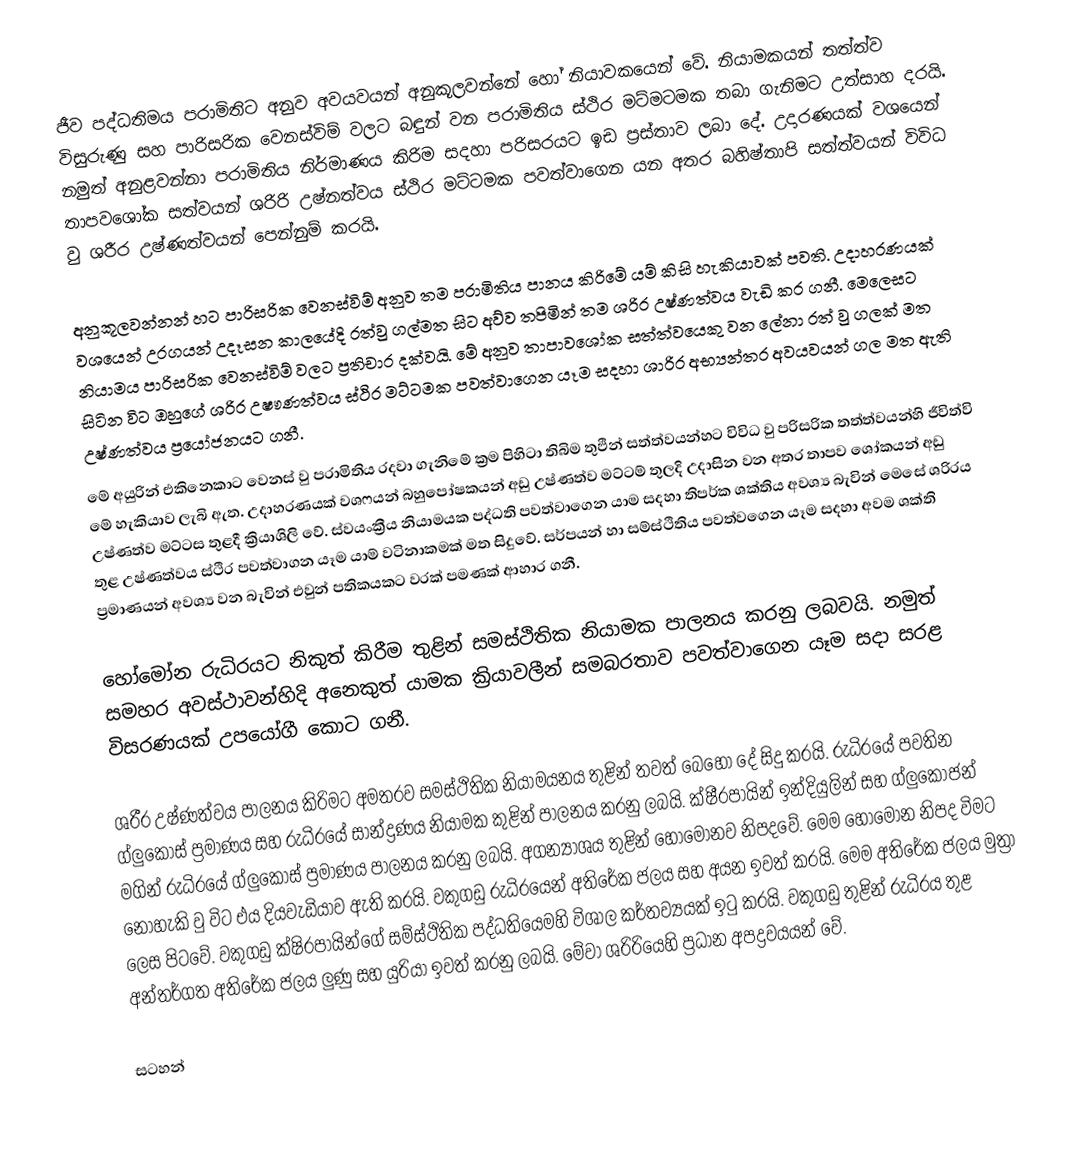
ජීව පද්ධතිමය පරාමිතිට අනුව අවයවයන් අනුකූලවන්නේ හෝ නියාවකයෙන් වේ. නියාමකයන් තත්ත්ව විසුරුණු සහ පාරිසරික වෙනස්විම් වලට බඳුන් වන පරාමිතිය ස්ථිර මට්මටමක තබා ගැනිමට උත්සාහ දරයි. නමුත් අනුළවන්නා පරාමිතිය නිර්මාණය කිරිම සදහා පරිසරයට ඉඩ ප්‍රස්තාව ලබා දේ. උදාරණයක් වශයෙන් තාපවශෝක සත්වයන් ශරිරි උෂ්නත්වය ස්ථිර මට්ටමක පවත්වාගෙන යන අතර බහිෂ්තාපි සත්ත්වයන් විවිධ වු ශරීර උෂ්ණත්වයන් පෙන්නුම් කරයි.

අනුකූලවන්නන් හට පාරිසරික වෙනස්විම් අනුව තම පරාමිතිය පානය කිරිමේ යම් කිසි හැකියාවක් පවති. උදාහරණයක් වශයෙන් උරගයන් උදෑසන කාලයේදි රත්වු ගල්මත සිට අව්ව තපිමින් තම ශරිර උෂ්ණත්වය වැඩි කර ගනී. මෙලෙසට නියාමය පාරිසරික වෙනස්විම් වලට ප්‍රතිචාර දක්වයි. මේ අනුව තාපාවශෝක සත්ත්වයෙකු වන ලේනා රත් වු ගලක් මත සිටින විට ඔහුගේ ශරිර උෂෟණත්වය ස්ථිර මට්ටමක පවත්වාගෙන යෑම සදහා ශාරිර අභ්‍යන්තර අවයවයන් ගල මත ඇති උෂ්ණත්වය ප්‍රයෝජනයට ගනී.
මේ අයුරින් එකිනෙකාට වෙනස් වු පරාමිතිය රදවා ගැනිමේ ක්‍රම පිහිටා තිබිම තුඵින් සත්ත්වයන්හට විවිධ වු පරිසරික තත්ත්වයන්හි ජීවිත්වි මේ හැකියාව ලැබි ඇත. උදාහරණයක් වශෆයන් බහුපෝෂකයන් අඩු උෂ්ණත්ව මට්ටම් තුලදි උදාසින වන අතර තාපව ශෝකයන් අඩු උෂ්ණත්ව මට්ටස තුළදී ක්‍රියාශිලි වේ. ස්වයංක්‍රීය නියාමයක පද්ධති පවත්වාගෙන යාම සදහා තිපර්ක ශක්තිය අවශ්‍ය බැවින් මෙසේ ශරිරය තුළ උෂ්ණත්වය ස්ථිර පවත්වාගන යෑම යාම් වටිනාකමක් මත සිදුවේ. සර්පයන් හා සම්ස්ථිතිය පවත්වගෙන යෑම සදහා අවම ශක්ති ප්‍රමාණයන් අවශ්‍ය වන බැවින් එවුන් පතිකයකට වරක් පමණක් ආහාර ගනී.

හෝමෝන රුධිරයට නිකුත් කිරීම තුළින් සමස්ථිතික නියාමක පාලනය කරනු ලබවයි. නමුත් සමහර අවස්ථාවන්හිදි අනෙකුත් යාමක ක්‍රියාවලීන් සමබරතාව පවත්වාගෙන යෑම සදා සරළ විසරණයක් උපයෝගී කොට ගනී.

ශරීර උෂ්ණත්වය පාලනය කිරිමට අමතරව සමස්ථිතික නියාමයනය තුළින් තවත් බෙහෝ දේ සිදු කරයි. රුධිරයේ පවතින ග්ලුකෝස් ප්‍රමාණය සහ රුධිරයේ සාන්ද්‍රණය නියාමක කුළින් පාලනය කරනු ලබයි. ක්ෂීරපායින් ඉන්දියුලින් සහ ග්ලුකොජන් මගින් රුධිරයේ ග්ලුකෝස් ප්‍රමාණය පාලනය කරනු ලබයි.  අගන්‍යාශය තුළින් හෝමෝනව නිපදවේ. මෙම හෝමොන නිපද විමට නොහැකි වු විට එය දියවැඩියාව ඇති කරයි. වකුගඩු රුධිරයෙන් අතිරේක ජලය සහ අයන ඉවත් කරයි. මෙම අතිරේක ජලය මුත්‍රා ලෙස පිටවේ. වකුගඩු ක්ෂිරපායින්ගේ සම්ස්ථිතික පද්ධතියෙමහි විශාල කර්තව්‍යයක් ඉටු කරයි. වකුගඩු තුළින් රුධිරය තුළ අන්තර්ගත අතිරේක ජලය ලුණු සහ යුරියා ඉවත් කරනු ලබයි. මේවා ශරිරියෙහි ප්‍රධාන අපද්‍රවයයන් වේ.

සටහන්